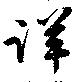
詳